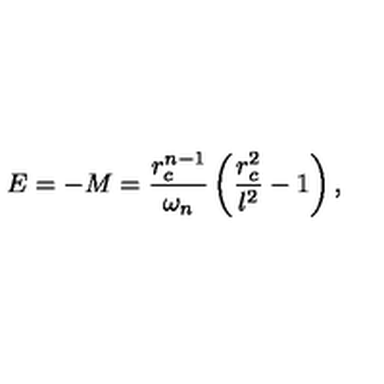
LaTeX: E = - M = \frac { r _ { c } ^ { n - 1 } } { \omega _ { n } } \left( \frac { r _ { c } ^ { 2 } } { l ^ { 2 } } - 1 \right) ,